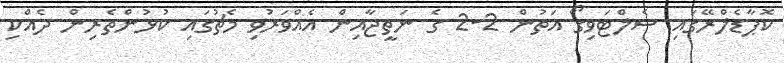
ކޮޕާޑެލްރޭގައި ސެލްޓަވިގޯ އަތުން 2-2 ގެ ނަތީޖާއިން އެއްވަރުވި މެޗުގައި ކުޅުންތެރިން ދެއްކި